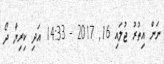
ނަން އިތުރު ޖުލައި 16